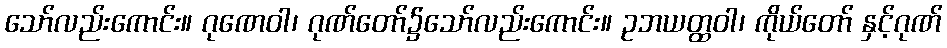
သော်လည်းကောင်း။ ဂုဏေဝါ၊ ဂုဏ်တော်၌သော်လည်းကောင်း။ ဥဘယတ္ထဝါ၊ ကိုယ်တော် နှင့်ဂုဏ်